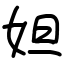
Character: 妲